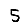
Digit: 5